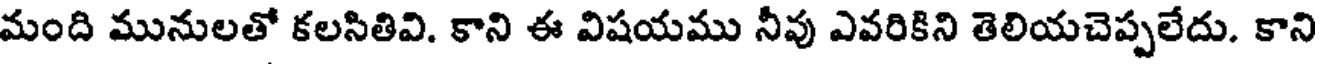
మంది మునులతో కలసితివి. కాని ఈ విషయము నీవు ఎవరికిని తెలియచెప్పలేదు. కాని